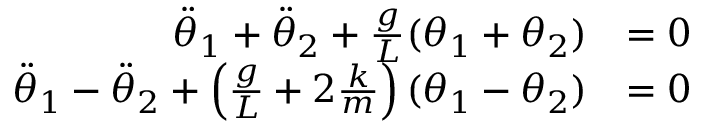
{ \begin{array} { r l } { { \ddot { \theta } } _ { 1 } + { \ddot { \theta } } _ { 2 } + { \frac { g } { L } } ( \theta _ { 1 } + \theta _ { 2 } ) } & { = 0 } \\ { { \ddot { \theta } } _ { 1 } - { \ddot { \theta } } _ { 2 } + \left( { \frac { g } { L } } + 2 { \frac { k } { m } } \right) ( \theta _ { 1 } - \theta _ { 2 } ) } & { = 0 } \end{array} }